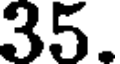
35.